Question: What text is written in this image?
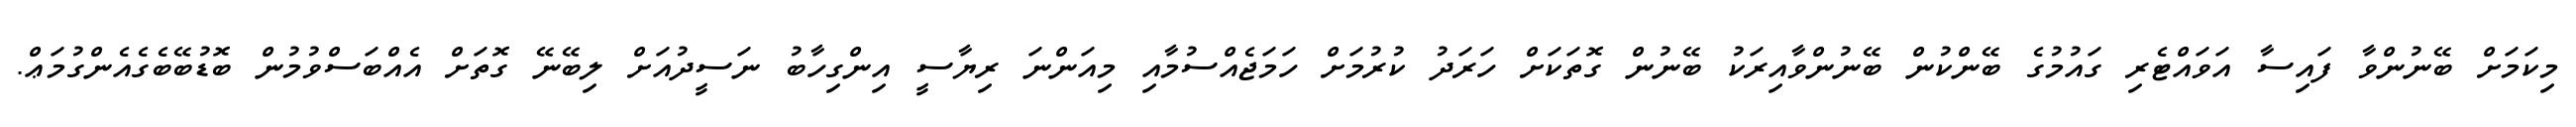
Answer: މިކަމަށް ބޭނުންވާ ފައިސާ އަވައްޓެރި ގައުމުގެ ބޭންކުން ބޭނުންވާއިރަކު ބޭނުން ގޮތަކަށް ހަރަދު ކުރުމަށް ހަމަޖެއްސުމާއި މިއަންނަ ރިޔާސީ އިންގިހާބު ނަސީދުއަށް ލިބޭނޭ ގޮތަށް އެއްބަސްވުމުން ބޮޑުބޭބެގެއެންގުމަޢް.